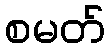
စမတ်